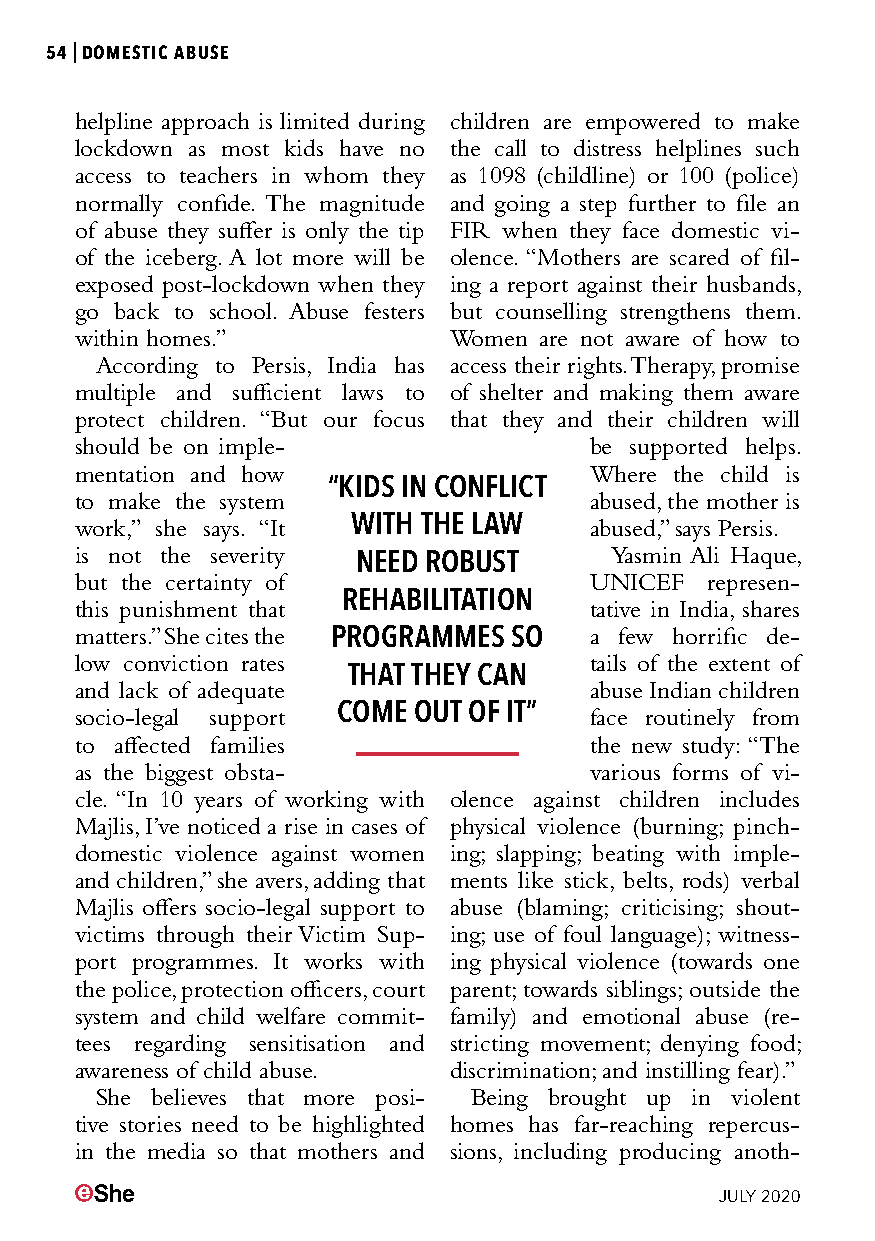
54|DOMESTIC ABUSE
 helpline approach is limited during children are empowered to make
 lockdown as most kids have no the call to distress helplines such
 access to teachers in whom they as 1098 (childline) or 100 (police)
 normally confide. The magnitude and going a step further to file an
 of abuse they suffer is only the tip FIR when they face domestic vi-
 of the iceberg. A lot more will be olence. “Mothers are scared of fil-
 exposed post-lockdown when they ing a report against their husbands,
 go back to school. Abuse festers but counselling strengthens them.
 within homes.”           Women are not aware of how to
 According to Persis, India has access their rights. Therapy, promise
 multiple and sufficient laws to of shelter and making them aware
 protect children. “But our focus that they and their children will
 should be on imple-               be supported helps.
 mentation and how                 Where the child is
 “KIDS IN CONFLICT
 to make the system                abused, the mother is
 work,” she says. “It WITH THE LAW abused,” says Persis.
 is not the severity                Yasmin Ali Haque,
 NEED ROBUST
 but the certainty of              UNICEF  represen-
 this punishment that REHABILITATION tative in India, shares
 matters.” She cites the PROGRAMMES SO a few horrific de-
 low conviction rates              tails of the extent of
 THAT THEY CAN
 and lack of adequate              abuse Indian children
 socio-legal support COME OUT OF IT” face routinely from
 to affected families              the new study: “The
 as the biggest obsta-             various forms of vi-
 cle. “In 10 years of working with olence against children includes
 Majlis, I’ve noticed a rise in cases of physical violence (burning; pinch-
 domestic violence against women ing; slapping; beating with imple-
 and children,” she avers, adding that ments like stick, belts, rods) verbal
 Majlis offers socio-legal support to abuse (blaming; criticising; shout-
 victims through their Victim Sup- ing; use of foul language); witness-
 port programmes. It works with ing physical violence (towards one
 the police, protection officers, court parent; towards siblings; outside the
 system and child welfare commit- family) and emotional abuse (re-
 tees regarding sensitisation and stricting movement; denying food;
 awareness of child abuse. discrimination; and instilling fear).”
 She believes that more posi- Being brought up in violent
 tive stories need to be highlighted homes has far-reaching repercus-
 in the media so that mothers and sions, including producing anoth-
 JULY 2020